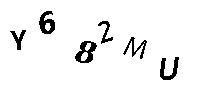
Y682MU